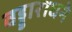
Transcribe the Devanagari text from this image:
वड्डाराधने